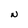
Character: N